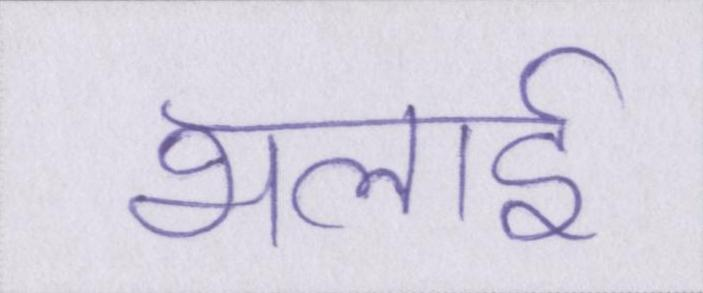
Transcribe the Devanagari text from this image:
भलाई